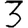
Digit: 3